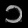
Digit: ၁